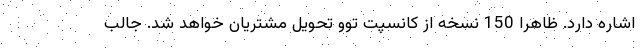
اشاره دارد. ظاهرا 150 نسخه از کانسپت توو تحویل مشتریان خواهد شد. جالب